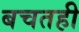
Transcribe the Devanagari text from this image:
बचतही